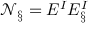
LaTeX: \mathcal { N } _ { \L \S } = E _ { \L } ^ { I } E _ { \S } ^ { I }